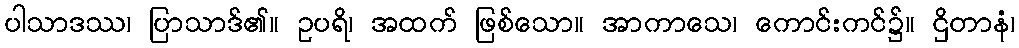
ပါသာဒဿ၊ ပြာသာဒ်၏။ ဥပရိ၊ အထက် ဖြစ်သော။ အာကာသေ၊ ကောင်းကင်၌။ ဌိတာနံ၊